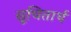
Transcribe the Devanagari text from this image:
सूचितार्थ